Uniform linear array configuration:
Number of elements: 8
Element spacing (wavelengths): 0.25
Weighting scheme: binomial
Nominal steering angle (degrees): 0
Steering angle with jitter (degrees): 0.848
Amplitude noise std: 0.05
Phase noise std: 0.05

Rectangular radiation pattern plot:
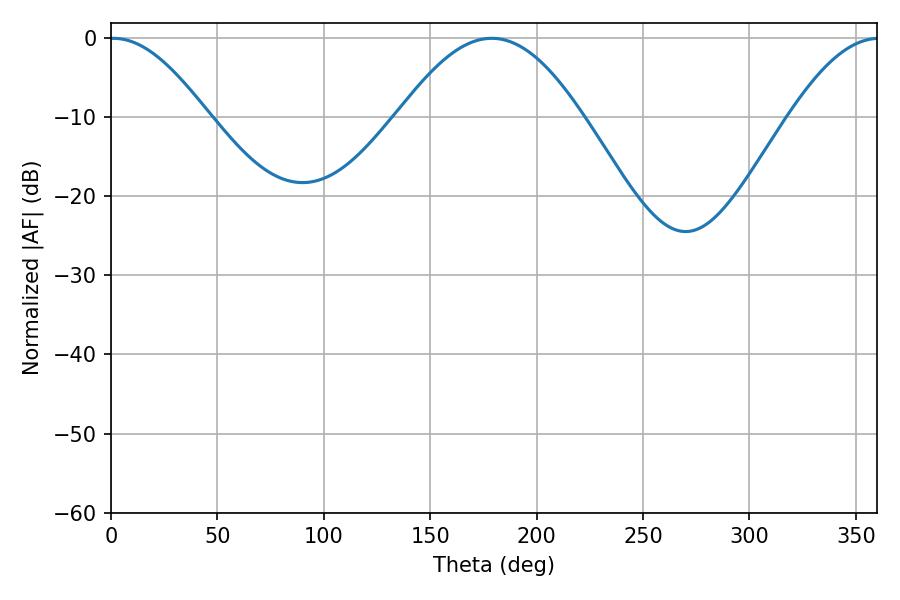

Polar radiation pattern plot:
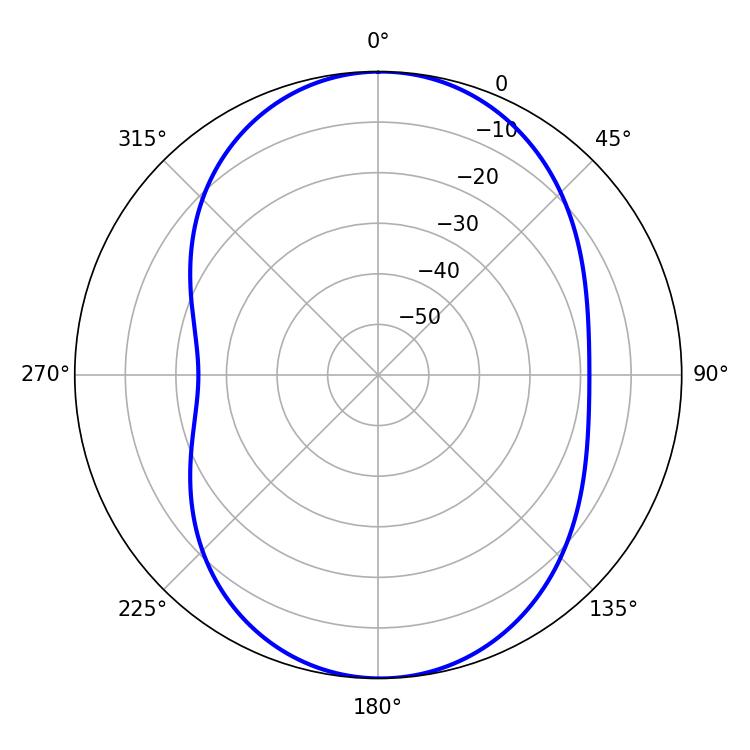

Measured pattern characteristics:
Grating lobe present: FALSE
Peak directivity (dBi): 14.88
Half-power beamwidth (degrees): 24.66
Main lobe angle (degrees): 1.08